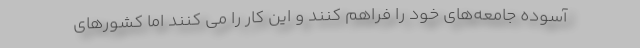
آسوده جامعه‌های خود را فراهم کنند و این کار را می کنند اما کشورهای